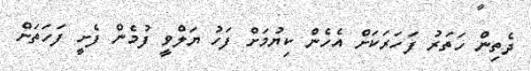
ދެތިން ހަތަރު ފަހަރަކަށް އެހެން ކިޔުމަށް ފަހު ޔަލްވީ ފުމެން ފެށީ ފަހަތަށް